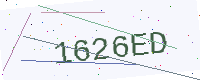
Text: 1626ED